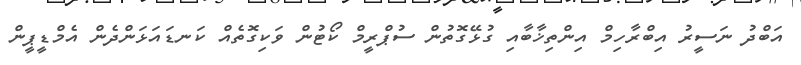
އަބްދު ނަސީރު އިބްރާހިމް އިންތިޚާބާއި ގުޅޭގޮތުން ސުޕްރީމް ކޯޓުން ވަކިގޮތެއް ކަނޑައަޅަންދެން އެމްޑީޕީން